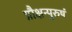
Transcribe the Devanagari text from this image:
प्रौक्षन्पुरुषं